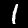
Digit: 1